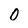
Character: 0